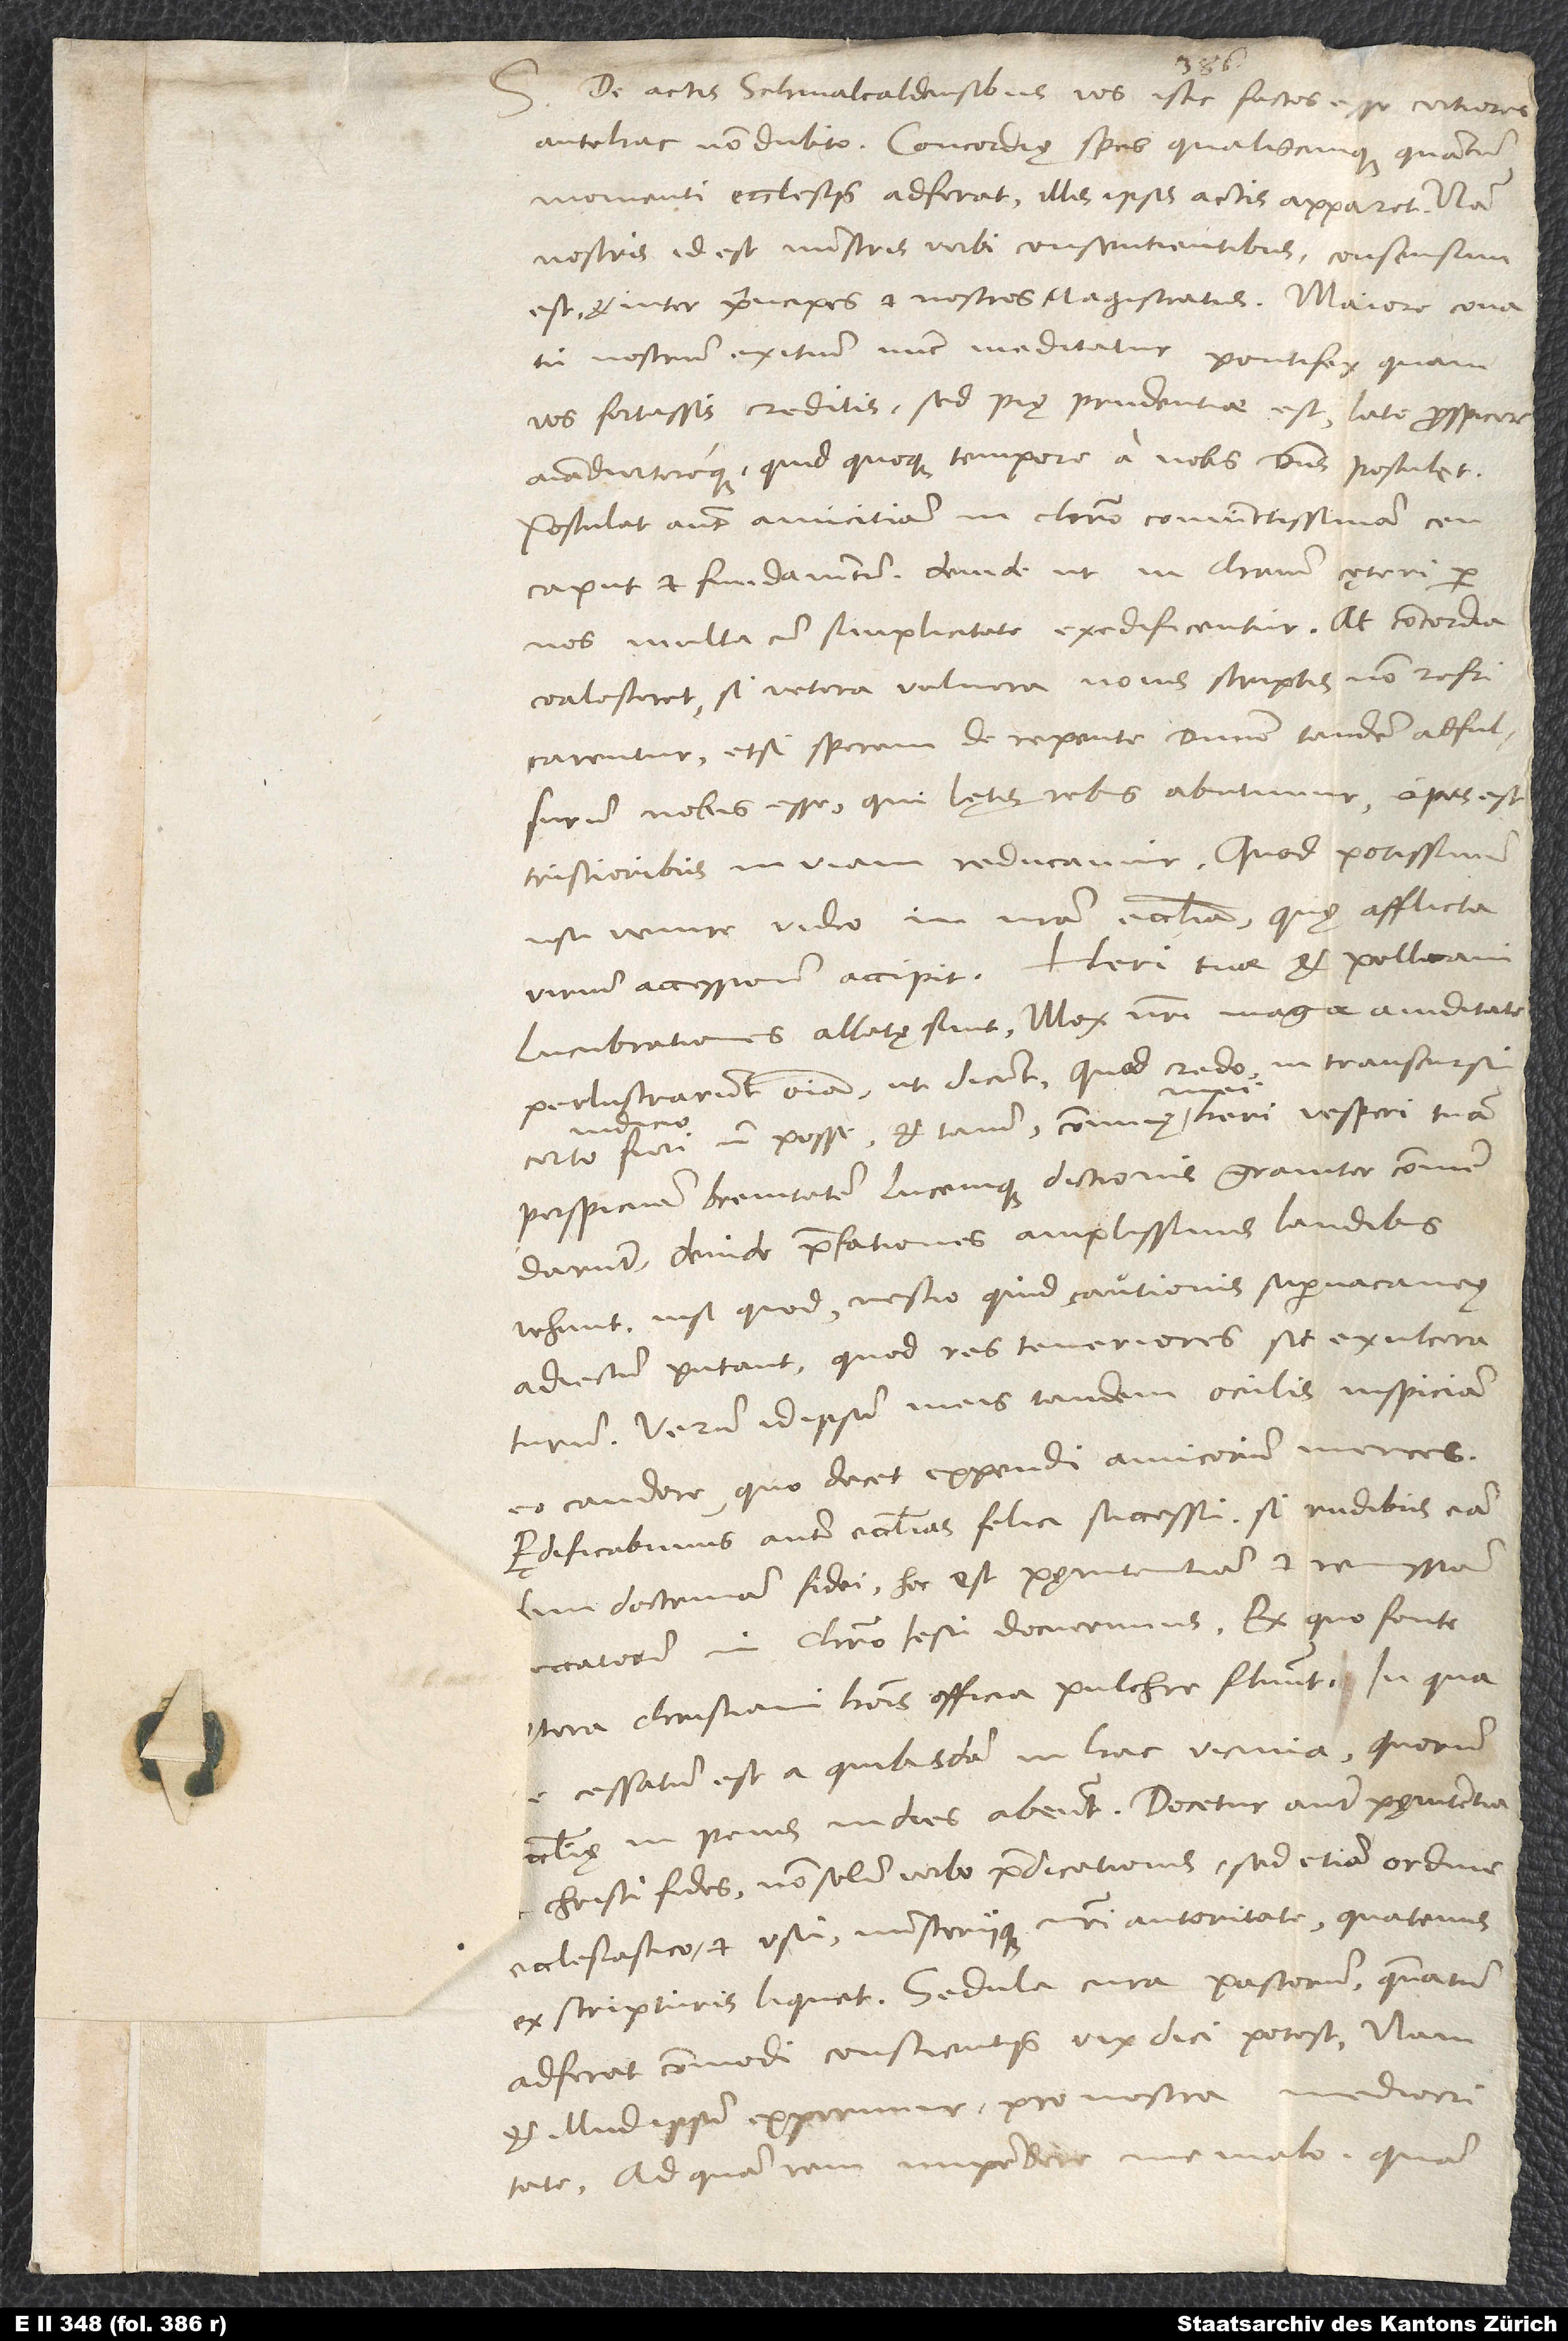
S.

De actis Schmalcaldensibus vos istic factos esse certiores
antehac non dubito. Concordię spes qualiscunque quantum
momenti ecclesiis adferat, illis ipsis actis apparet. Nam
nostris, id est ministris verbi, consentientibus consensum
est et inter principes et nostros magistratus. Maiore conatu
nostrum exitium nunc meditatur pontifex, quam
vos fortassis creditis; sed pię prudentiae est late prospicere
animadvertereque, quid quoque tempore a nobis dominus postulet.
Postulat autem amicitiam in Christo coniunctissimam ceu
caput et fundamentum, deinde, ut in Christum cęteri per
nos multa cum simplicitate exedificentur. At concordia
coalesceret, si vetera vulnera novis scriptis non refricarentur,
etsi sperem de repente dominum tandem adfulsurum
nobis esse, qui lętis rebus abutimur; opus est,
tristioribus in viam reducamur. Quod potissimum
usu venire video in nostra ecclesia, quae afflicta
virium accessionem accipit. Heri tuae et Pellicani
lucubrationes allatę sunt. Mox nostri magna aviditate
perlustrarunt omnia, ut dicunt, quod credo in transcursu
perspicuam brevitatem lucemque dictionis graviter commendarunt,
deinde praefationes amplissimis laudibus
vehunt, nisi quod nescio quid cautionis supervacaneae
adiectum putant, quod res teneriores sit exulceraturum.
Verum idipsum meis tandem oculis inspiciam
eo candore, quo decet expendi amicorum merces.
Aedificabimus autem ecclesias felici successu, si rudibus eandem
doctrinam fidei, hoc est pęnitentiam et remissionem
peccatorum in Christo Iesu docuerimus. Ex quo fonte
cętera christiani hominis officia pulchre fluunt. In qua
re cessatum est a quibusdam in hac vicinia, quorum
ecclesię in peius indies abeunt. Docetur autem pęnitentia
Christi fides non solum verbo praedicationis, sed etiam ordine
ecclesiastico et usu ministeriique nostri autoritate, quatenus
ex scripturis liquet. Sedula cura pastorum quantum
adferat commodi conscientiis, vix dici potest. Nam
et illud ipsum experimur pro nostra mediocritate.
Ad quam rem impendere me malo quam